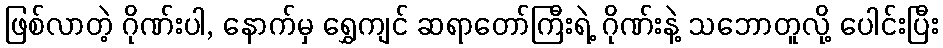
ဖြစ်လာတဲ့ ဂိုဏ်းပါ, နောက်မှ ရွှေကျင် ဆရာတော်ကြီးရဲ့ ဂိုဏ်းနဲ့ သဘောတူလို့ ပေါင်းပြီး